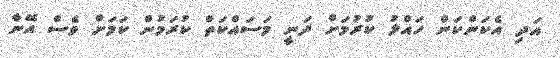
އަދި އެކަންކަން ހައްލު ކުރުމަށް ދަނީ މަސައްކަތް ކުރަމުން ކަމަށް ވެސް އޭނާ